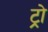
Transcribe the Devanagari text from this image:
ट्रो